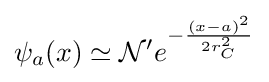
\psi _{a}(x)\simeq {\cal {N}}'e^{-{\frac {(x-a)^{2}}{2r_{C}^{2}}}}